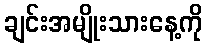
ချင်းအမျိုးသားနေ့ကို